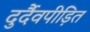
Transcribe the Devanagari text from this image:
दुर्दैवपीड़ित